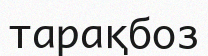
тарақбоз